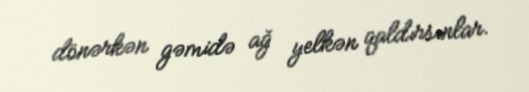
dönərkən gəmidə ağ yelkən qaldırsınlar.